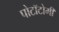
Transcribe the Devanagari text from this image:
पोटॉटोमी